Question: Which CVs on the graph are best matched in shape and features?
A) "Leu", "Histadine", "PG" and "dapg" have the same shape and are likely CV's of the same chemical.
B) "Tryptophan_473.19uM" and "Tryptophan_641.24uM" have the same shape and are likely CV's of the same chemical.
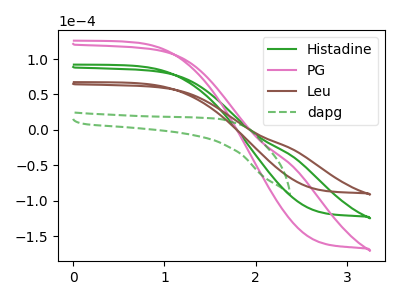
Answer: <think>The green curve "Histadine" has no peaks. The pink curve "PG" has no peaks. The brown curve "Leu" has no peaks. The green dashed curve "dapg" has no peaks.
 Neither "Histadine" or "PG" have any peaks. Neither "Histadine" or "Leu" have any peaks. Neither "Histadine" or "dapg" have any peaks. Neither "PG" or "Leu" have any peaks. Neither "PG" or "dapg" have any peaks. Neither "Leu" or "dapg" have any peaks.</think>
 <answer>A) "Leu", "Histadine", "PG" and "dapg" have the same shape and are likely CV's of the same chemical.</answer>
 <eval>A</eval>